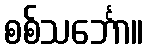
စစ်သင်္ဘော။